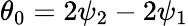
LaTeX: \theta_{0}=2\psi_{2}-2\psi_{1}